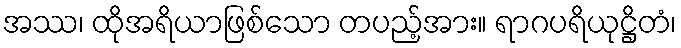
အဿ၊ ထိုအရိယာဖြစ်သော တပည့်အား။ ရာဂပရိယုဋ္ဌိတံ၊